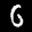
Label: 6